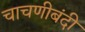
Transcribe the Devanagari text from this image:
चाचणीबंदी